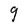
Character: g